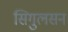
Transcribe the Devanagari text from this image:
सिगुलसन